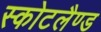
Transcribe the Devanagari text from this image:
स्कोटलैण्ड